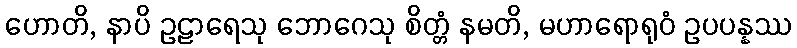
ဟောတိ, နာပိ ဥဠာရေသု ဘောဂေသု စိတ္တံ နမတိ, မဟာရောရုဝံ ဥပပန္နဿ